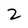
Character: 2